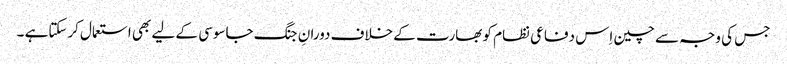
جس کی وجہ سے چین اِس دفاعی نظام کو بھارت کے خلاف دورانِ جنگ جاسوسی کے لیے بھی استعمال کرسکتاہے ۔